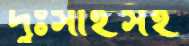
দুঃসাহসই